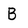
Character: B